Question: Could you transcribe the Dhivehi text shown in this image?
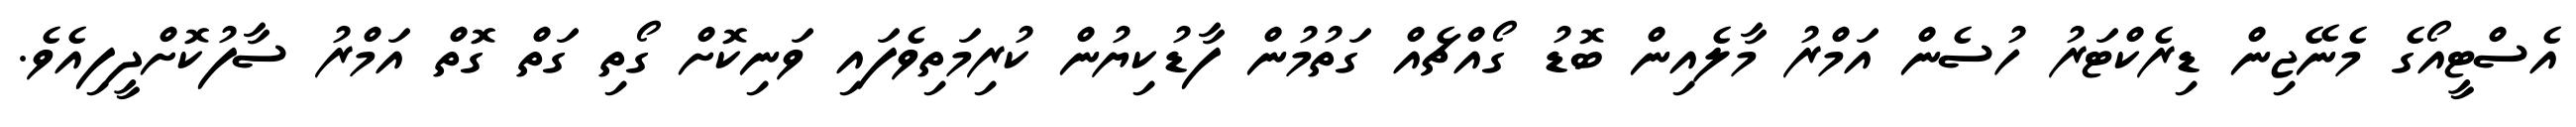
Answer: އެސްޓީއޯގެ މެނޭޖިން ޑިރެކްޓަރު ހުސެން އަމްރު މާލެއިން ބޮޑު ގޯއްޗެއް ގަތުމުން ފާޑުކިޔުން ކުރިމަތިވެފައި ވަނިކޮށް ގޯތި ގަތް ގޮތް އަމްރު ސާފުކޮށްދީފިއެވެ.